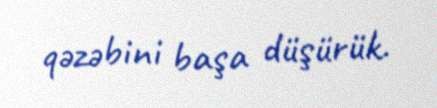
qəzəbini başa düşürük.